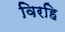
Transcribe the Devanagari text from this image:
विरहि